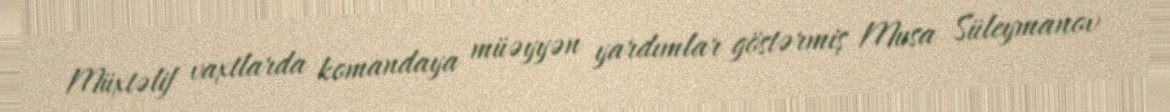
Müxtəlif vaxtlarda komandaya müəyyən yardımlar göstərmiş Musa Süleymanov